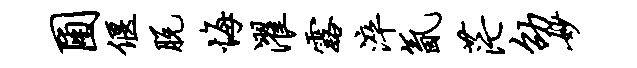
圃偃脱悔濯露淬氤茫劭妙